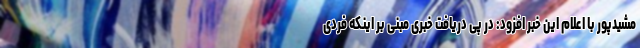
مشیدپور با اعلام این خبر افزود: در پی دریافت خبری مبنی بر اینکه فردی